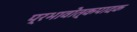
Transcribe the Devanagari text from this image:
प्रभावोत्कपादक